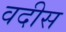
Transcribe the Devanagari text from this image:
वदीस